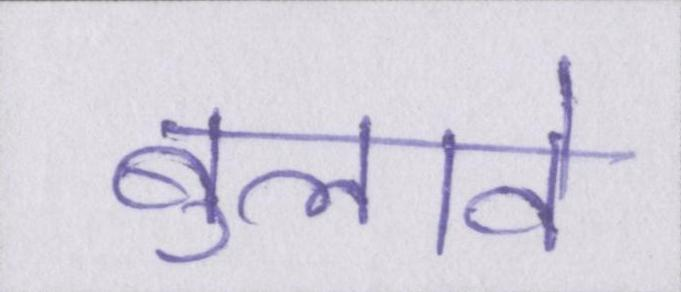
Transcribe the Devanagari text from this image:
बुलावे